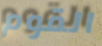
القوم